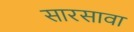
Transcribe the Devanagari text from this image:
सारसावा